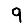
Digit: 9